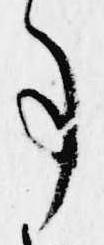
事